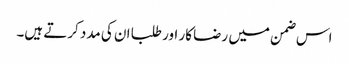
اس ضمن میں رضا کار اور طلبا ان کی مدد کرتے ہیں۔